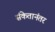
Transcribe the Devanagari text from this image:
संकेतानंतर